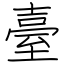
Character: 臺